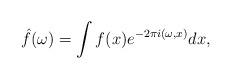
LaTeX: \begin{align*}\hat{f}(\omega)=\int f(x)e^{-2\pi i (\omega,x)}dx,\end{align*}